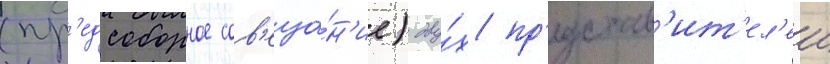
(пр'едсоборное сов'еща́н'ие) дву́х пр'едстав'ит'ел'еи